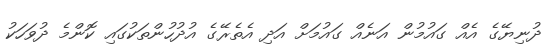
ދުނިޔޭގެ އެއް ގައުމުން އަނެއް ގައުމަށް އަދި އެތެރޭގެ އުދުހުންތަކުގައި ކޮންމެ ދުވަހަކު